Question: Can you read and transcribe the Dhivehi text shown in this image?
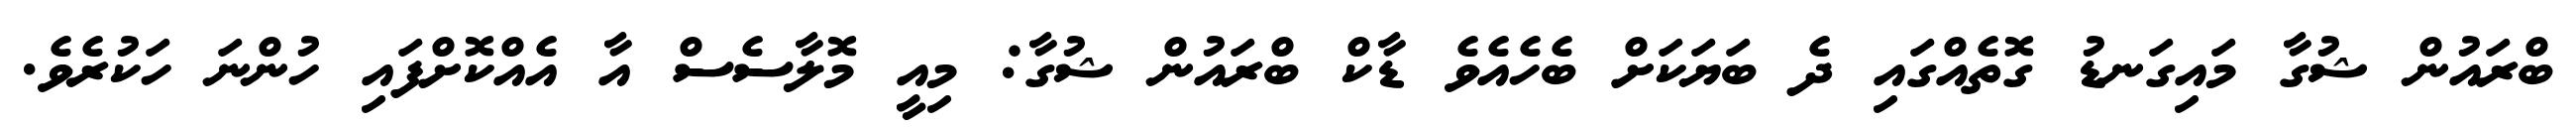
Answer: ބްރައުން ޝުގާ މައިގަނޑު ގޮތެއްގައި ދެ ބަޔަކަށް ބެހެއެވެ ޑާކް ބްރައުން ޝުގާ: މިއީ މޮލާސެސް އާ އެއްކޮށްފައި ހުންނަ ހަކުރެވެ.